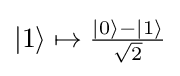
{\textstyle |1\rangle \mapsto {\frac {|0\rangle -|1\rangle }{\sqrt {2}}}}